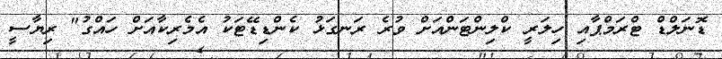
ޑޮނަލްޑް ޓްރަމްޕާއި ހިލަރީ ކްލިންޓަންއަށް ވުރެ ރަނގަޅު ކެންޑިޑޭޓަކު އެމެރިކާއަށް ހައްގު" ރިޔާސީ